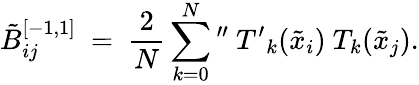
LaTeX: \tilde{B}_{ij}^{[-1,1]}\ =\ \frac{2}{N}\sum_{k=0}^{N}\mathrm{{}^{\prime\prime}}\ {T^{\prime}}_{k}(\tilde{x}_{i})\ T_{k}(\tilde{x}_{j}).